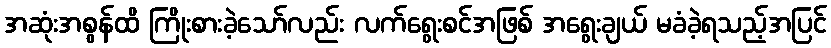
အဆုံးအစွန်ထိ ကြိုးစားခဲ့သော်လည်း လက်ရွေးစင်အဖြစ် အရွေးချယ် မခံခဲ့ရသည့်အပြင်